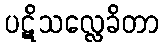
ပဋိသလ္လေခိတာ